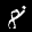
Label: 8